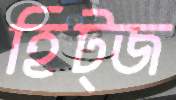
হিট্জ